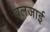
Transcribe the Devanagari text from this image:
बलजाई